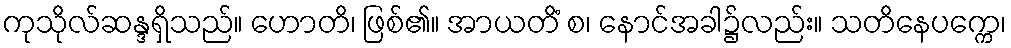
ကုသိုလ်ဆန္ဒရှိသည်။ ဟောတိ၊ ဖြစ်၏။ အာယတိံ စ၊ နောင်အခါ၌လည်း။ သတိနေပက္ကေ၊